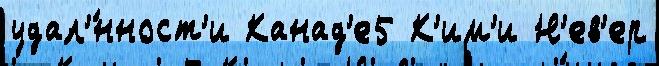
удал'́нност'и Канад'е5 К'им'и Н'ев'ер